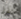
تعلم